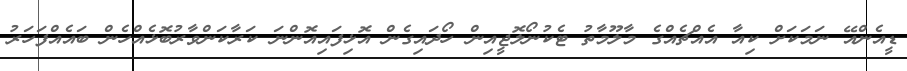
ޑީއެންއޭ ނަމަކަށް ކިއާ އެއްޗެއްގެ މާލޫމާތު ޓެކުނޯލޮޖީއިން ހޯދައިގެން އޮޅިފައިއޮންނަ ކަރާކަންވާރުބޮޅެއްހެން ބައެއްފަހަރު